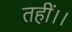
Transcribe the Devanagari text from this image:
तहीं।।